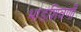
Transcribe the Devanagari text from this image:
भाडशिवणी